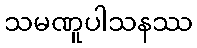
သမဏူပါသနဿ